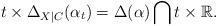
LaTeX: \begin{align*}t\times \Delta_{X|C}(\alpha_t)=\Delta(\alpha)\bigcap t\times \mathbb{R}.\end{align*}